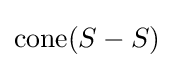
\operatorname {cone} (S-S)